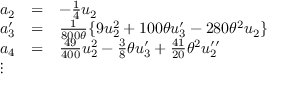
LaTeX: \begin{array} { l c l } { { a _ { 2 } } } & { { = } } & { { - \frac { 1 } { 4 } u _ { 2 } } } \\ { { a _ { 3 } ^ { \prime } } } & { { = } } & { { \frac { 1 } { 8 0 0 \theta } \{ 9 u _ { 2 } ^ { 2 } + 1 0 0 \theta u _ { 3 } ^ { \prime } - 2 8 0 { \theta } ^ { 2 } u _ { 2 } \} } } \\ { { a _ { 4 } } } & { { = } } & { { \frac { 4 9 } { 4 0 0 } u _ { 2 } ^ { 2 } - \frac { 3 } { 8 } \theta u _ { 3 } ^ { \prime } + \frac { 4 1 } { 2 0 } { \theta } ^ { 2 } u _ { 2 } ^ { \prime \prime } } } \\ { { \vdots } } \end{array}